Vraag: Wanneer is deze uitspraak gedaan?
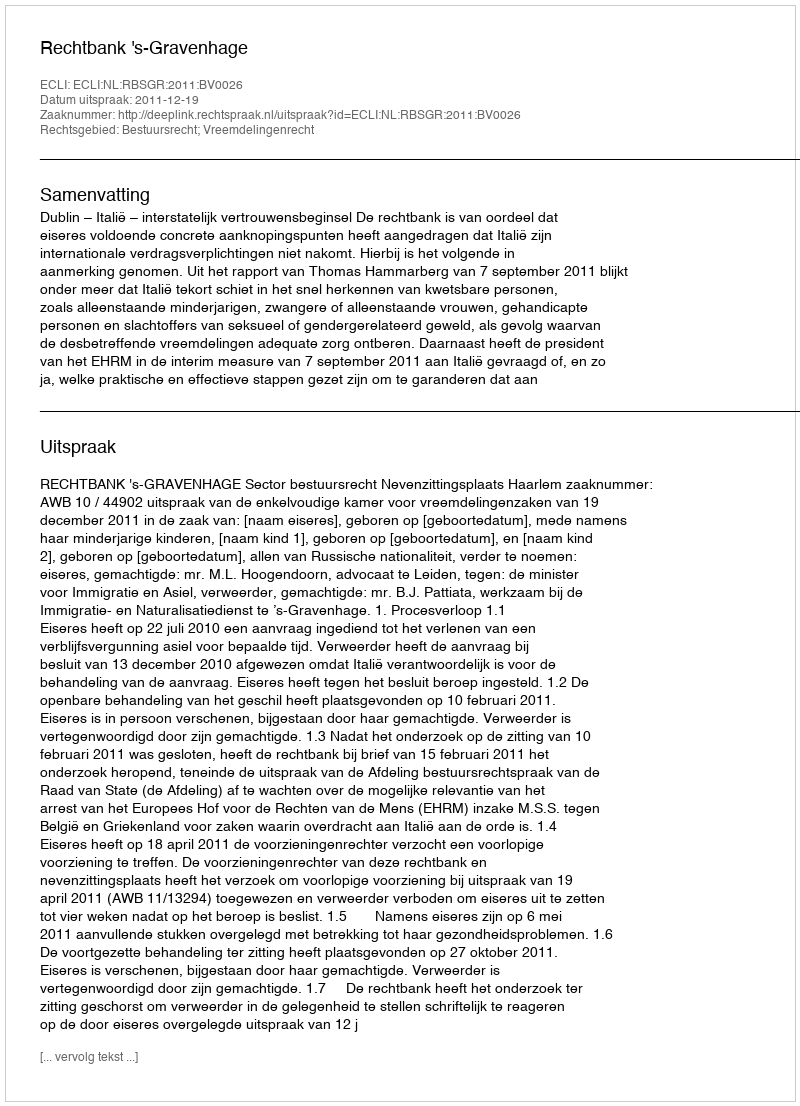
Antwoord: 2011-12-19